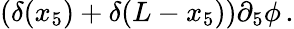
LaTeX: (\delta(x_{5})+\delta(L-x_{5}))\partial_{5}\phi\, .